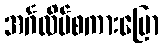
အင်္ဂလိပ်စကားပြော